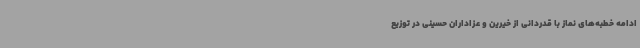
ادامه خطبه‌های نماز با قدردانی از خیرین و عزاداران حسینی در توزیع